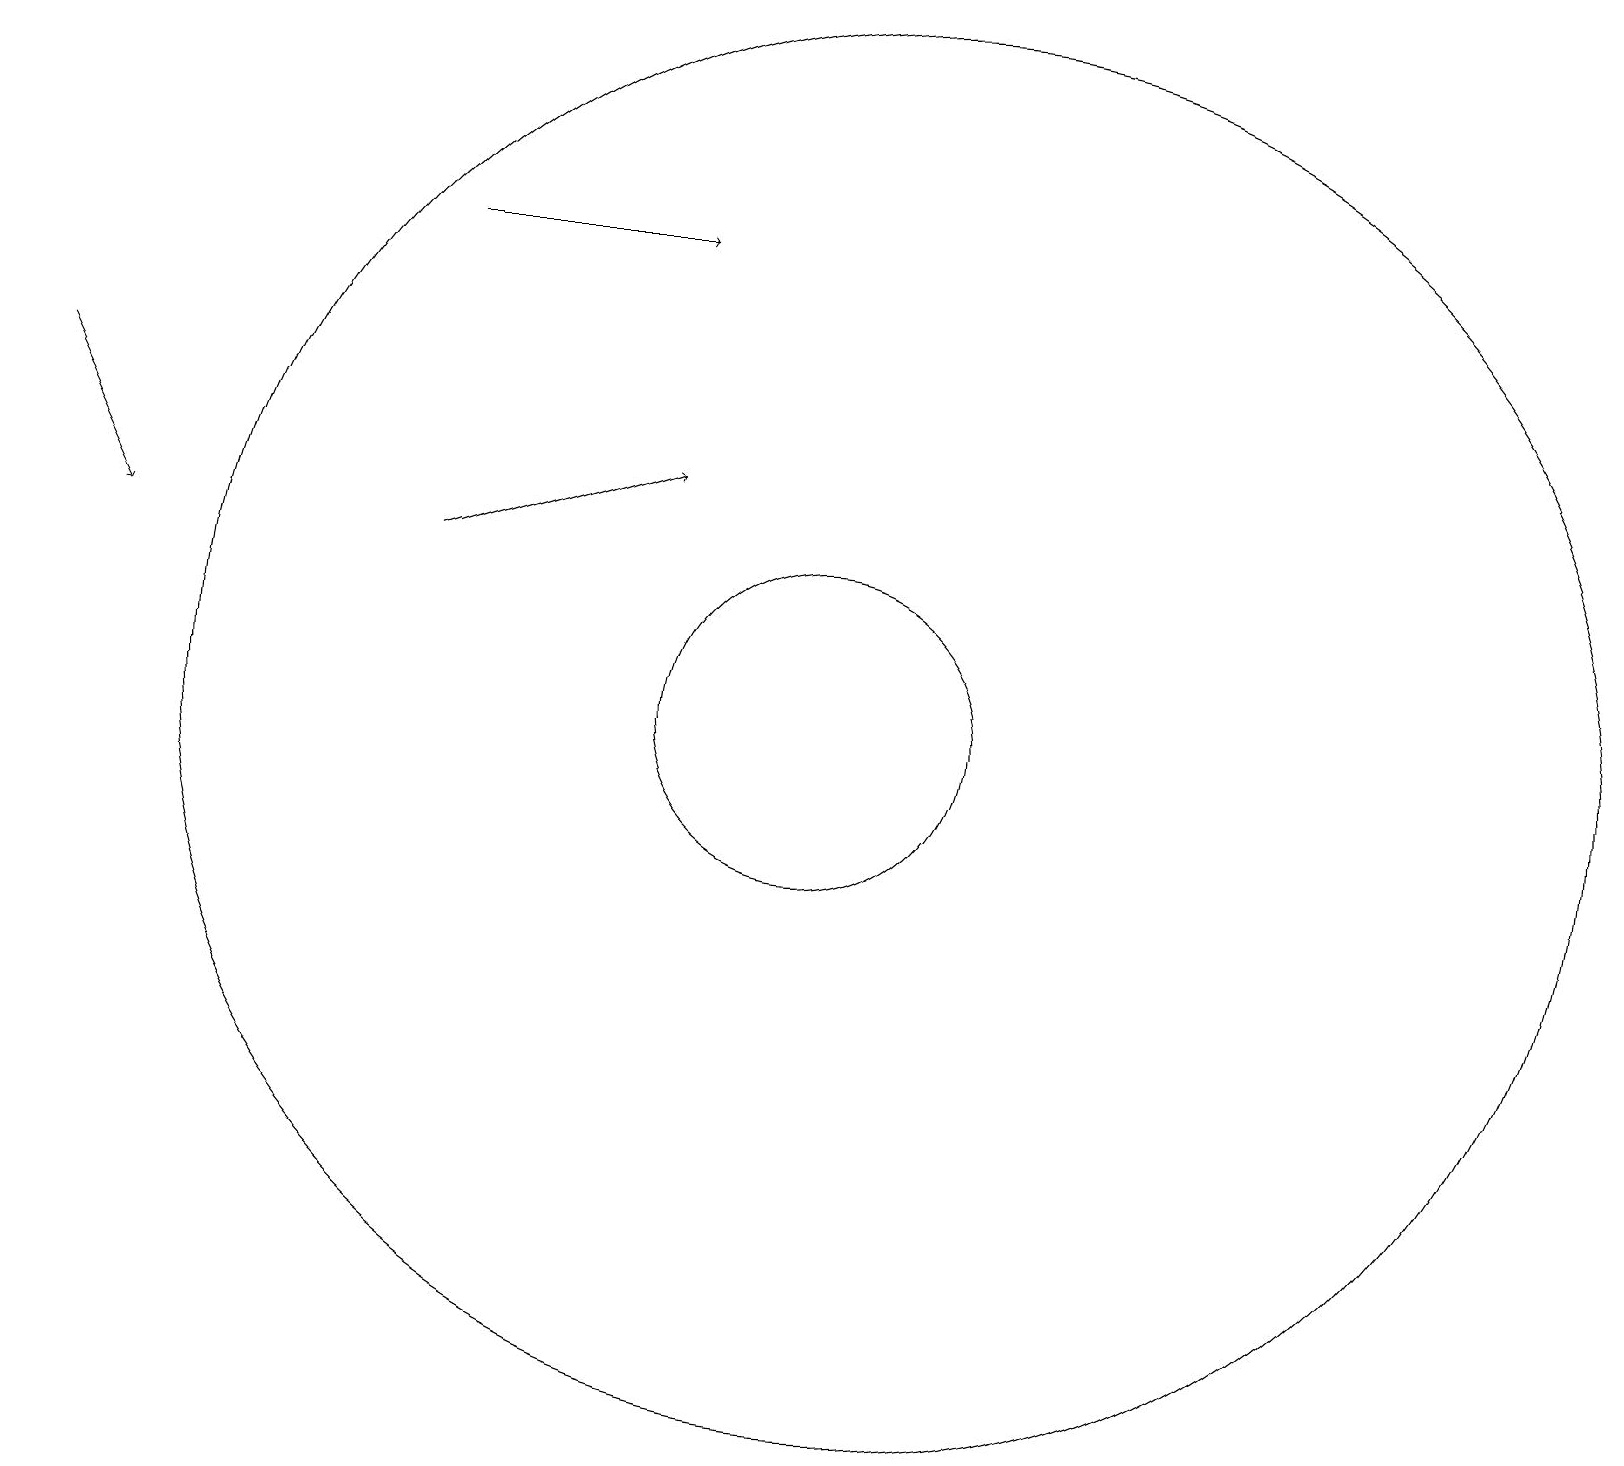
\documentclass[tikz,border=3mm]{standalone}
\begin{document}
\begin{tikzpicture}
\draw (10,10) circle (2);
\draw[->] (5,12) -- (8,13);
\draw (11,10) circle (9);
\draw[->] (0,14) -- (1,12);
\draw[->] (5,16) -- (8,16);
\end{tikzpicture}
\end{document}